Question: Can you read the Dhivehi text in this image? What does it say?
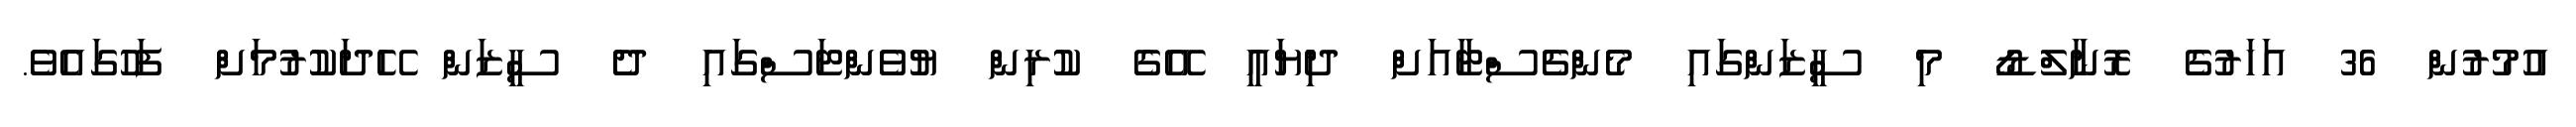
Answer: އުމުރުން 36 އަހަރުގެ ރޮނާލްޑޯ މި ސީޒަންގައި މެންޗެސްޓާއަށް ދިޔައީ އޭގެ ކުރިން ޔުވެންޓަސްގައި ދެ ސީޒަން ހޭދަކުރުމަށް ފަހުގައެވެ.